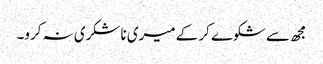
مجھ سے شکوے کر کے میری ناشکری نہ کرو۔